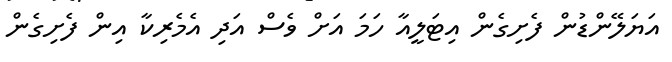
އަޔަލޭންޑުން ފެށިގެން އިޓަލީއާ ހަމަ އަށް ވެސް އަދި އެމެރިކާ އިން ފެށިގެން